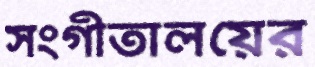
সংগীতালয়ের